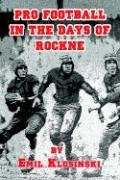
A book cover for Pro Football in the Days of Rockne; Emil Klosiinkski; Sports & Outdoors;